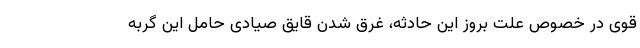
قوی در خصوص علت بروز این حادثه، غرق شدن قایق صیادی حامل این گربه‌